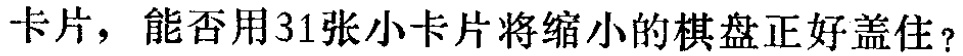
卡片，能否用31张小卡片将缩小的棋盘正好盖住？